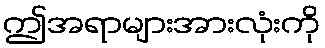
ဤအရာများအားလုံးကို